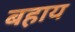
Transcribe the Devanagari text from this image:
बहाय